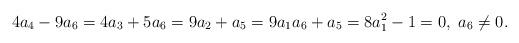
LaTeX: \begin{align*} 4a_4-9a_6=4a_3+5a_6=9a_2+a_5=9a_1a_6+a_5=8a_1^2-1=0,\ a_6\neq0.\end{align*}